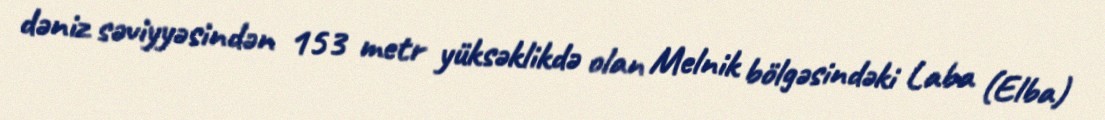
dəniz səviyyəsindən 153 metr yüksəklikdə olan Melnik bölgəsindəki Laba (Elba)